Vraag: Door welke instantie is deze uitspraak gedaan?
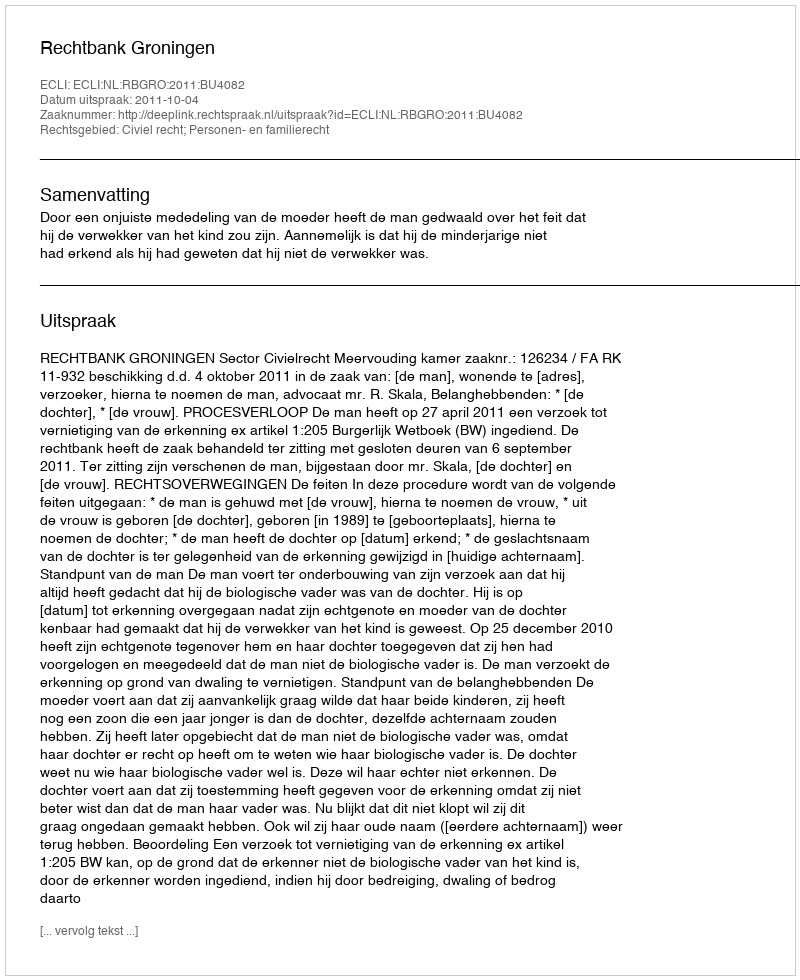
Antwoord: Rechtbank Groningen